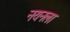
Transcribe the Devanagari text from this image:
नयनला